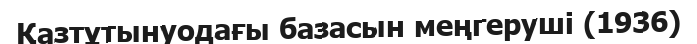
Қазтұтынуодағы базасын меңгеруші (1936)